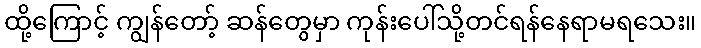
ထို့ကြောင့် ကျွန်တော့် ဆန်တွေမှာ ကုန်းပေါ်သို့တင်ရန်နေရာမရသေး။